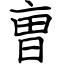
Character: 曺